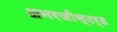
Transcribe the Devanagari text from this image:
अनरजीस्टर्ड